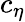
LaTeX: c_{\eta}